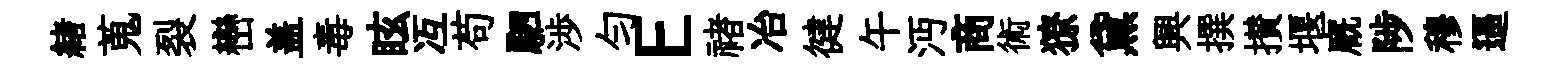
緖蒐裂巒盖毒眩冱苟駟渉勻E禇冶徤午沔商術獠黛興撰攅堰廐陟穆逼